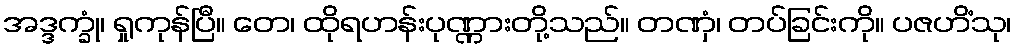
အဒ္ဒက္ခုံ၊ ရှုကုန်ပြီ။ တေ၊ ထိုရဟန်းပုဏ္ဏားတို့သည်။ တဏှံ၊ တပ်ခြင်းကို။ ပဇဟိံသု၊